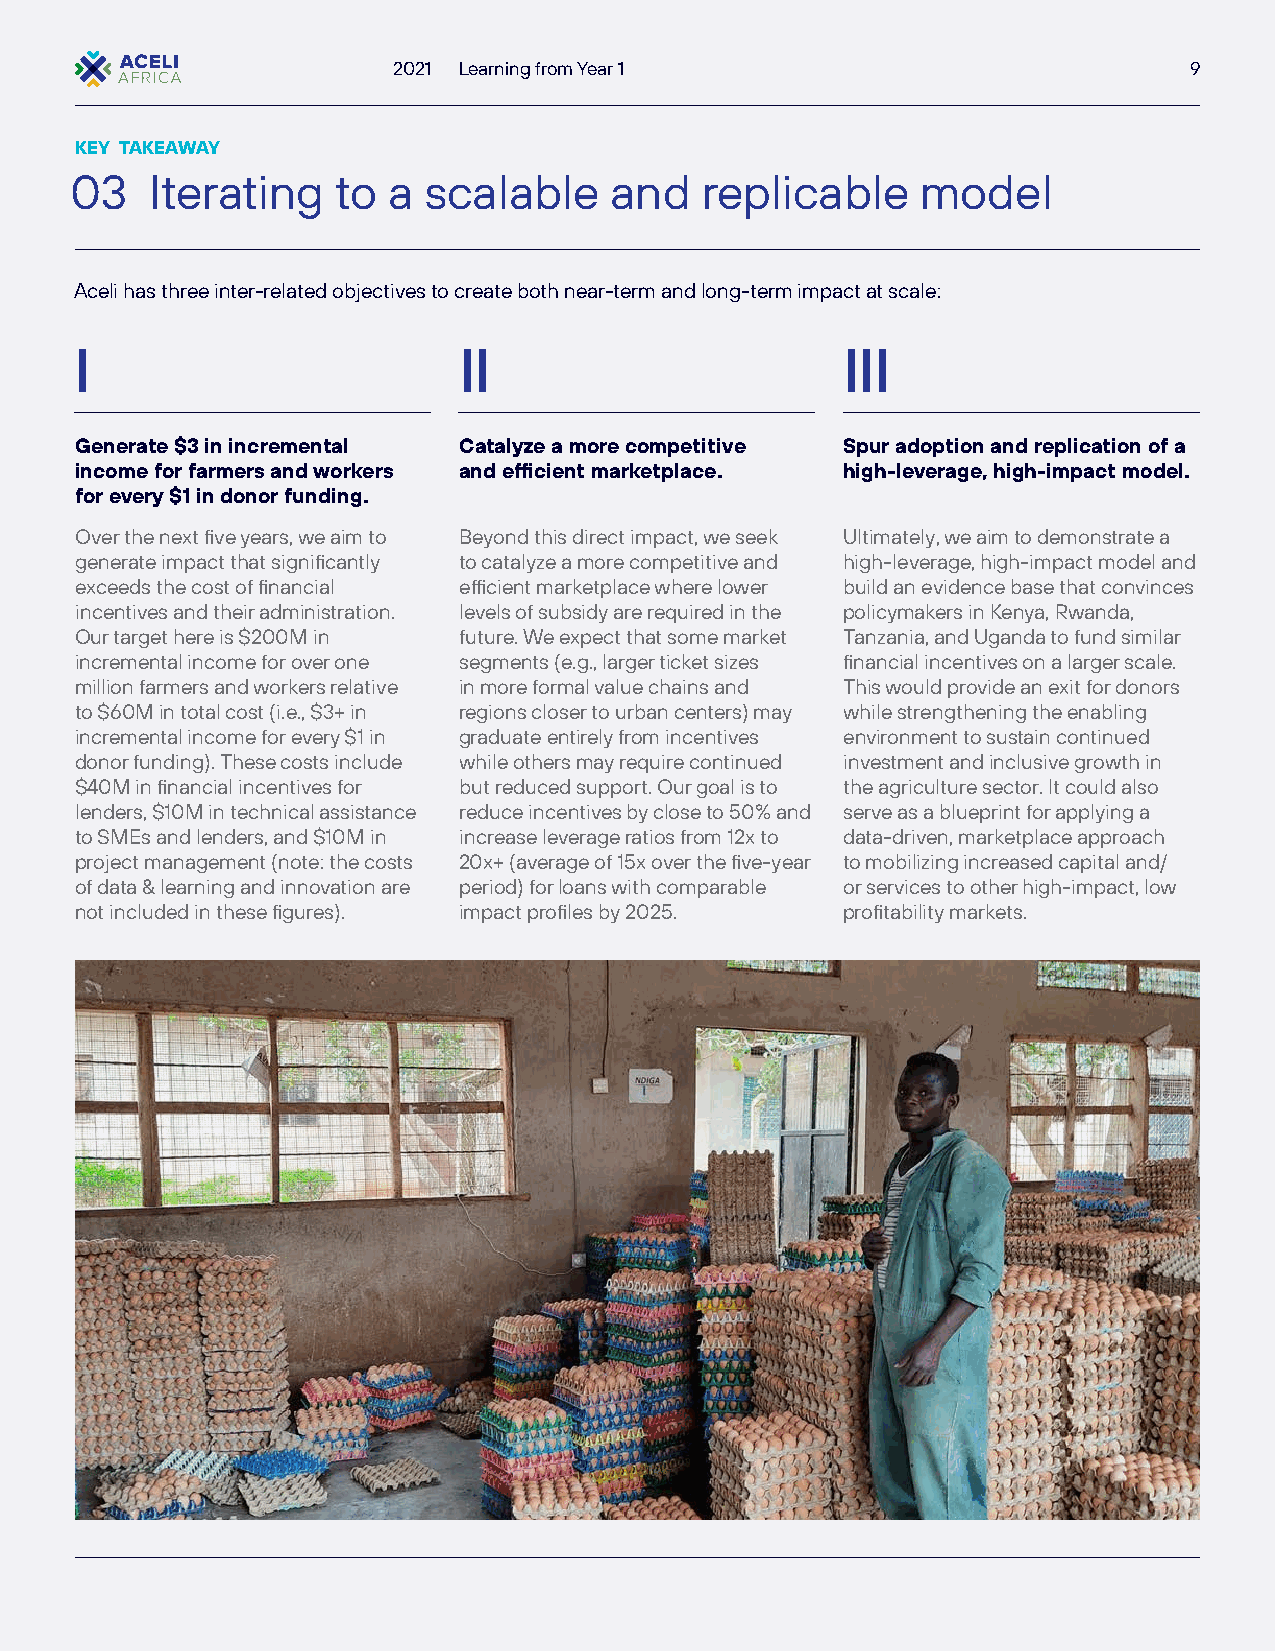
2021 Learning from Year 1                            9
 KEY TAKEAWAY
 03   Iterating   to  a scalable    and   replicable     model
 Aceli has three inter-related objectives to create both near-term and long-term impact at scale:
 I                        II                        III
 Generate $3 in incremental Catalyze a more competitive Spur adoption and replication of a
 income for farmers and workers and efficient marketplace. high-leverage, high-impact model.
 for every $1 in donor funding.
 Over the next five years, we aim to Beyond this direct impact, we seek Ultimately, we aim to demonstrate a
 generate impact that significantly to catalyze a more competitive and high-leverage, high-impact model and
 exceeds the cost of financial efficient marketplace where lower build an evidence base that convinces
 incentives and their administration. levels of subsidy are required in the policymakers in Kenya, Rwanda,
 Our target here is $200M in future. We expect that some market Tanzania, and Uganda to fund similar
 incremental income for over one segments (e.g., larger ticket sizes financial incentives on a larger scale.
 million farmers and workers relative in more formal value chains and This would provide an exit for donors
 to $60M in total cost (i.e., $3+ in regions closer to urban centers) may while strengthening the enabling
 incremental income for every $1 in graduate entirely from incentives environment to sustain continued
 donor funding). These costs include while others may require continued investment and inclusive growth in
 $40M in financial incentives for but reduced support. Our goal is to the agriculture sector. It could also
 lenders, $10M in technical assistance reduce incentives by close to 50% and serve as a blueprint for applying a
 to SMEs and lenders, and $10M in increase leverage ratios from 12x to data-driven, marketplace approach
 project management (note: the costs 20x+ (average of 15x over the five-year to mobilizing increased capital and/
 of data & learning and innovation are period) for loans with comparable or services to other high-impact, low
 not included in these figures). impact profiles by 2025. profitability markets.